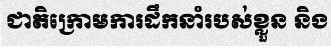
ជាតិក្រោមការដឹកនាំរបស់ខ្លួន និង